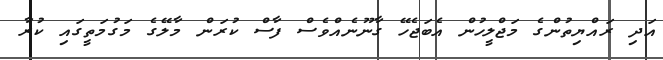
އަދި ރައްޔިތުންގެ މަޖްލީހުން އެބަޖެހޭ ގާނޫނެއްވެސް ފާސް ކުރަން މާލޭގެ މަގުމަތީގައި ކުރާ